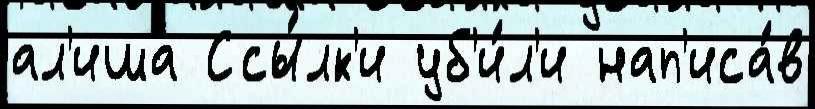
ал'иша Ссы́лк'и уб'и́л'и нап'иса́в